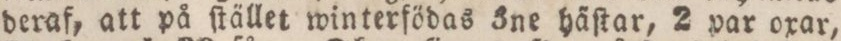
deraf, att på ſtället winterfödas dne häſtar, 2 par oxar,